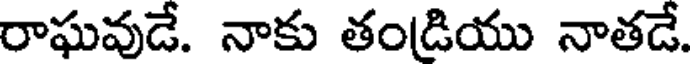
రాఘవుడే. నాకు తండియు నాతడే.